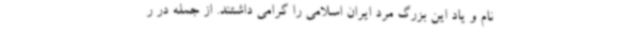
نام و یاد این بزرگ مرد ایران اسلامی را گرامی داشتند. از جمله در ر